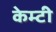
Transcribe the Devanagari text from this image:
केम्टी